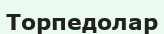
Торпедолар